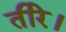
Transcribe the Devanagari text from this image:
तीरे।